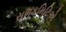
સબકમિટિએ